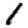
Digit: 1